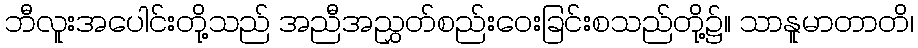
ဘီလူးအပေါင်းတို့သည် အညီအညွှတ်စည်းဝေးခြင်းစသည်တို့၌။ သာနူမာတာတိ၊